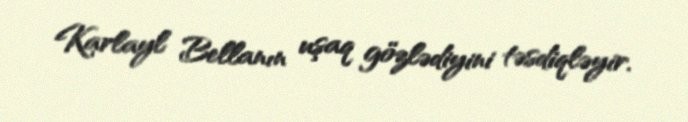
Karlayl Bellanın uşaq gözlədiyini təsdiqləyir.